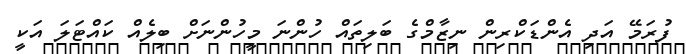
ފުރަމޭ އަދި އެންޑަކްރިން ނިޒާމްގެ ބަލިތައް ހުންނަ މީހުންނަށް ބިލެއް ކައްޓަލަ އަކީ